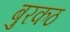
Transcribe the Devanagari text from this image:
बुरकठ